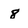
Character: 8